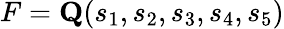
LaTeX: F=\mathbf{Q}(s_{1},s_{2},s_{3},s_{4},s_{5})